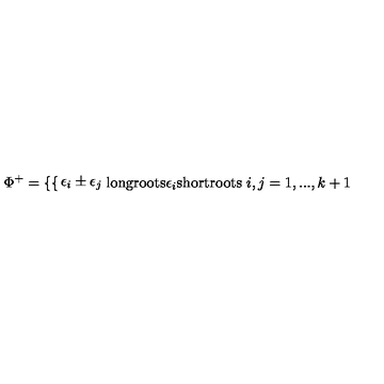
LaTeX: \Phi ^ { + } = \left\{ \begin{cases} { \epsilon _ { i } \pm \epsilon _ { j } } & { \mathrm { l o n g r o o t s } } \\ { \epsilon _ { i } } & { \mathrm { s h o r t r o o t s } } \\ \end{cases} \right. i , j = 1 , . . . , k + 1